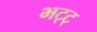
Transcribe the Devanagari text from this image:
भट्ट्